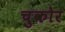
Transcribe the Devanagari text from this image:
चुकोर